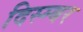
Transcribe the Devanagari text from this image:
दिस्म्बर